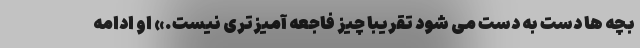
بچه ها دست به دست می شود تقریبا چیز فاجعه آمیزتری نیست.» او ادامه